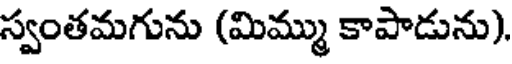
స్వంతమగును (మిమ్ము కాపాడును).